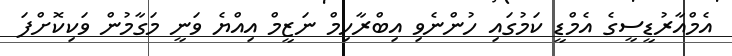
އެމްއާރުޑީސީގެ އެމްޑީ ކަމުގައި ހުންނެވި އިބްރާހިމް ނަޒީމް އިއްޔެ ވަނީ މަގާމުން ވަކިކޮށްފަ